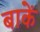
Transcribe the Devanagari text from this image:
बाकें